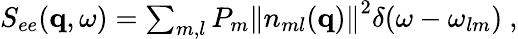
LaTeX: \begin{array}{r}{S_{ee}(\mathbf{q},\omega)=\sum_{m,l}P_{m}\left\| {n}_{ml}(\mathbf{q})\right\| ^{2}\delta(\omega-\omega_{lm})\ ,}\end{array}